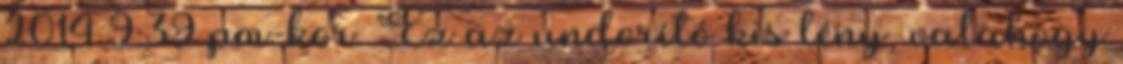
2014 9:39 pm-kor. Ez az undorító kis lény, valahogy